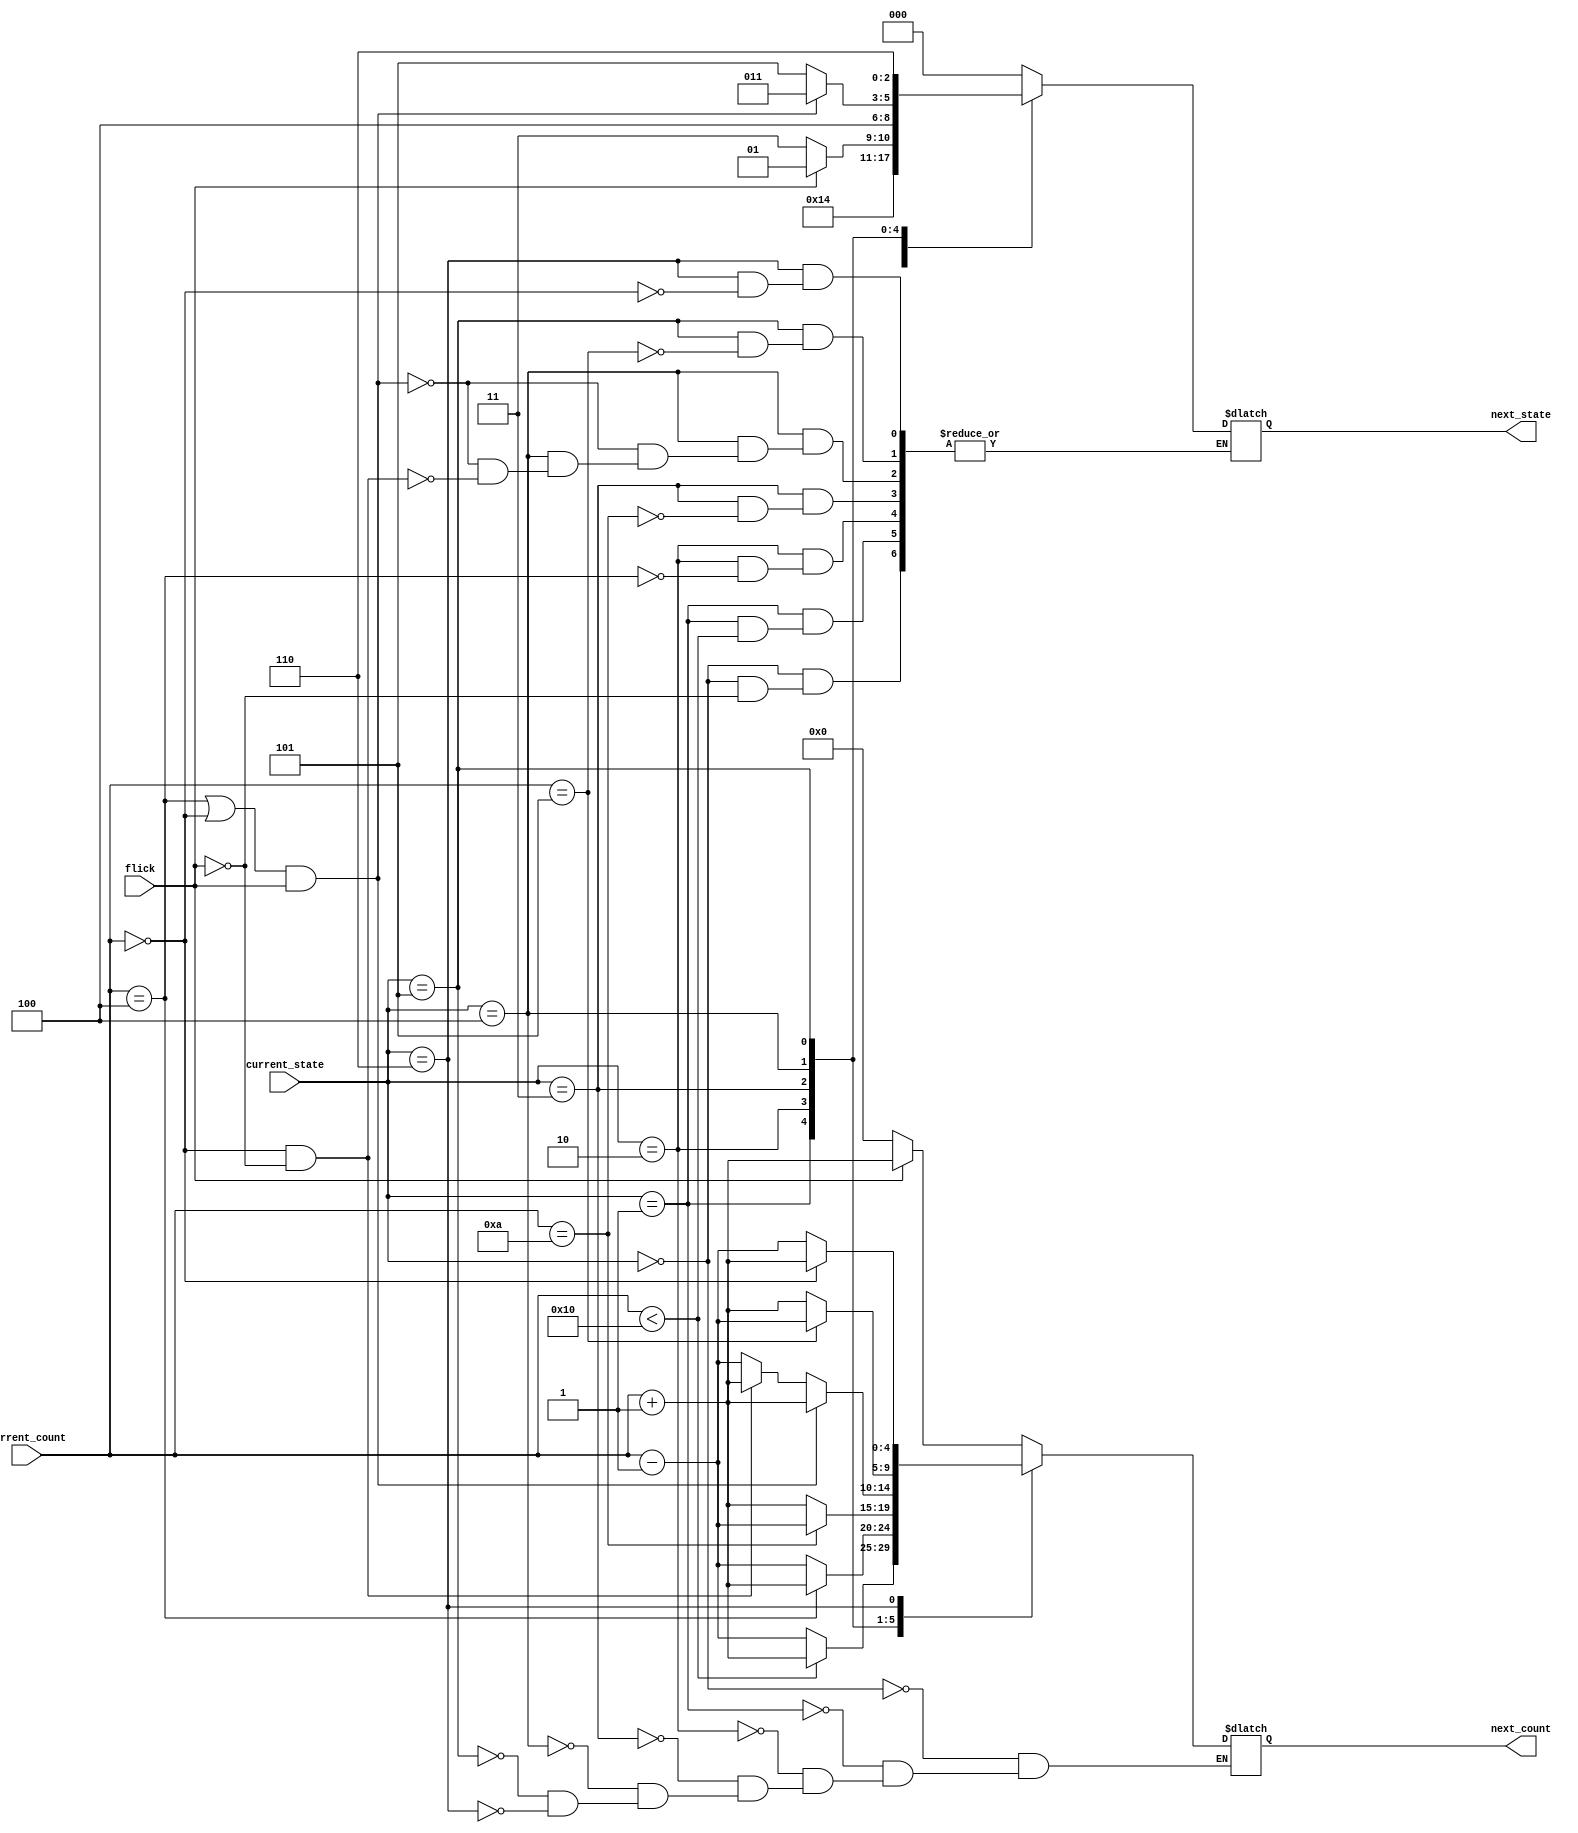
module logic_detect_next_state(
  input flick,
  input [4:0] current_count,
  input [2:0] current_state,
  output reg [4:0] next_count, // register type
  output reg [2:0] next_state  // register type
);
  parameter INIT = 0,
            TURN_ON_TO_15 = 1,
            TURN_OFF_TO_5 = 2,
            TURN_ON_TO_10 = 3,
            TURN_OFF_TO_0 = 4,
            TURN_ON_TO_5 = 5,
            TURN_OFF_TO_0_END = 6;
            
  always @(flick, current_count, current_state) begin
    case(current_state) 
      INIT:
        if(flick == 1) begin
          next_state = TURN_ON_TO_15;
          next_count = current_count + 1;
        end
        else begin 
          next_count = 0;
        end
      TURN_ON_TO_15:
        if(current_count < 16) begin
          next_count = current_count + 1;
        end 
        else begin
          next_state = TURN_OFF_TO_5;
          next_count = current_count - 1;
        end
      
      TURN_OFF_TO_5:
        if(current_count == 4) begin
          if(flick == 1) begin
            next_state = TURN_ON_TO_15;
            next_count = current_count + 1;
          end
          else begin
            next_state = TURN_ON_TO_10;
            next_count = current_count + 1;
          end
        end
        else begin
          next_count = current_count - 1;
        end
      TURN_ON_TO_10:
        if(current_count == 10) begin
          next_state = TURN_OFF_TO_0;
          next_count = current_count - 1;
        end
        else begin
          next_count = current_count + 1;
        end
      TURN_OFF_TO_0:
        if((current_count == 4 || current_count == 0) && flick == 1) begin
          next_state = TURN_ON_TO_10;
          next_count = current_count + 1;
        end
        else begin
          if(current_count == 0 && flick == 0) begin
            next_state = TURN_ON_TO_5;
            next_count = current_count + 1;
          end
          else begin
            next_count = current_count - 1;
          end
        end
      TURN_ON_TO_5:
        if(current_count == 5) begin
          next_state = TURN_OFF_TO_0_END;
          next_count = current_count - 1;
        end
        else begin
          next_count = current_count + 1;
        end
      TURN_OFF_TO_0_END:
        if(current_count == 0) begin
          next_state = INIT;
          next_count = current_count + 1;
        end
        else begin
          next_count = current_count - 1;
        end
      default: next_state = INIT;
    endcase
  end
  
endmodule